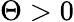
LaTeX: \Theta>0